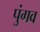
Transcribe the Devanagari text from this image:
पुंगव